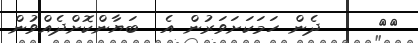
١٩     ދެން ހަމަކަށަވަރުން އެ  ބަޔާންކޮށްދެއްވުން